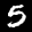
Label: 5